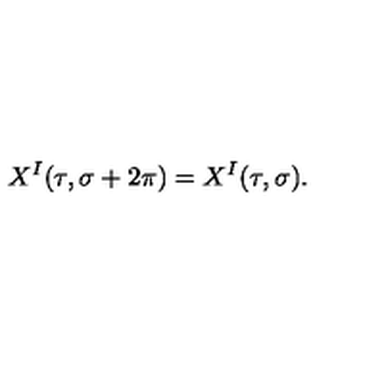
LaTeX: X ^ { I } ( \tau , \sigma + 2 \pi ) = X ^ { I } ( \tau , \sigma ) .